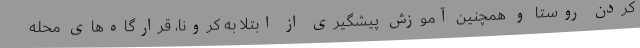
کردن روستا و همچنین آموزش پیشگیری از ابتلا به کرونا، قرارگاه‌های محله